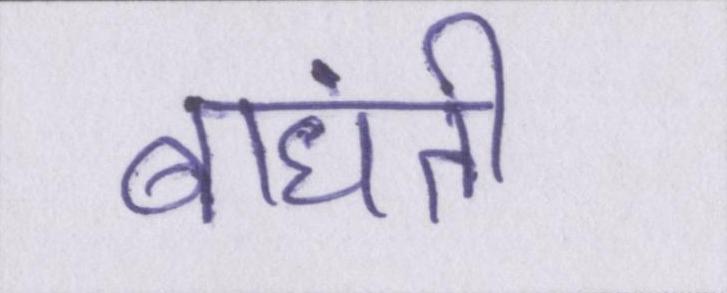
बांधती